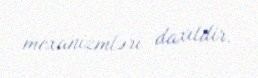
mexanizmləri daxildir.